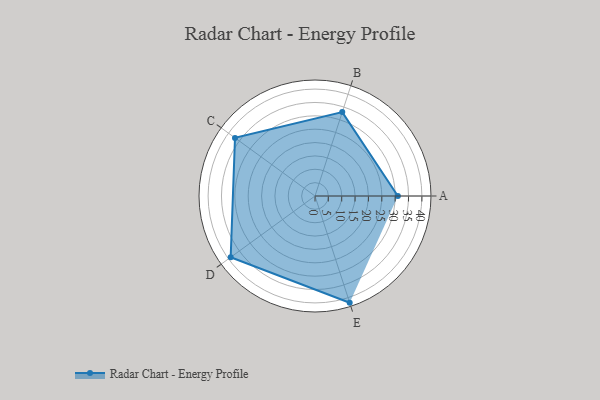
{"axis": {"x": "Skill", "y": "Score"}, "legend": ["Profile"], "data": [{"x": "A", "y": 31.0, "type": "Profile"}, {"x": "B", "y": 33.0, "type": "Profile"}, {"x": "C", "y": 37.0, "type": "Profile"}, {"x": "D", "y": 39.0, "type": "Profile"}, {"x": "E", "y": 42.0, "type": "Profile"}]}